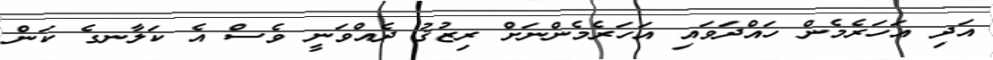
އަދި އަހަރެމެން ހައްދަވައި އަހަރެމެންނަށް ރިޒުޤު ދެއްވަނީ ވެސް އެ ކަލާނގެ ކަން